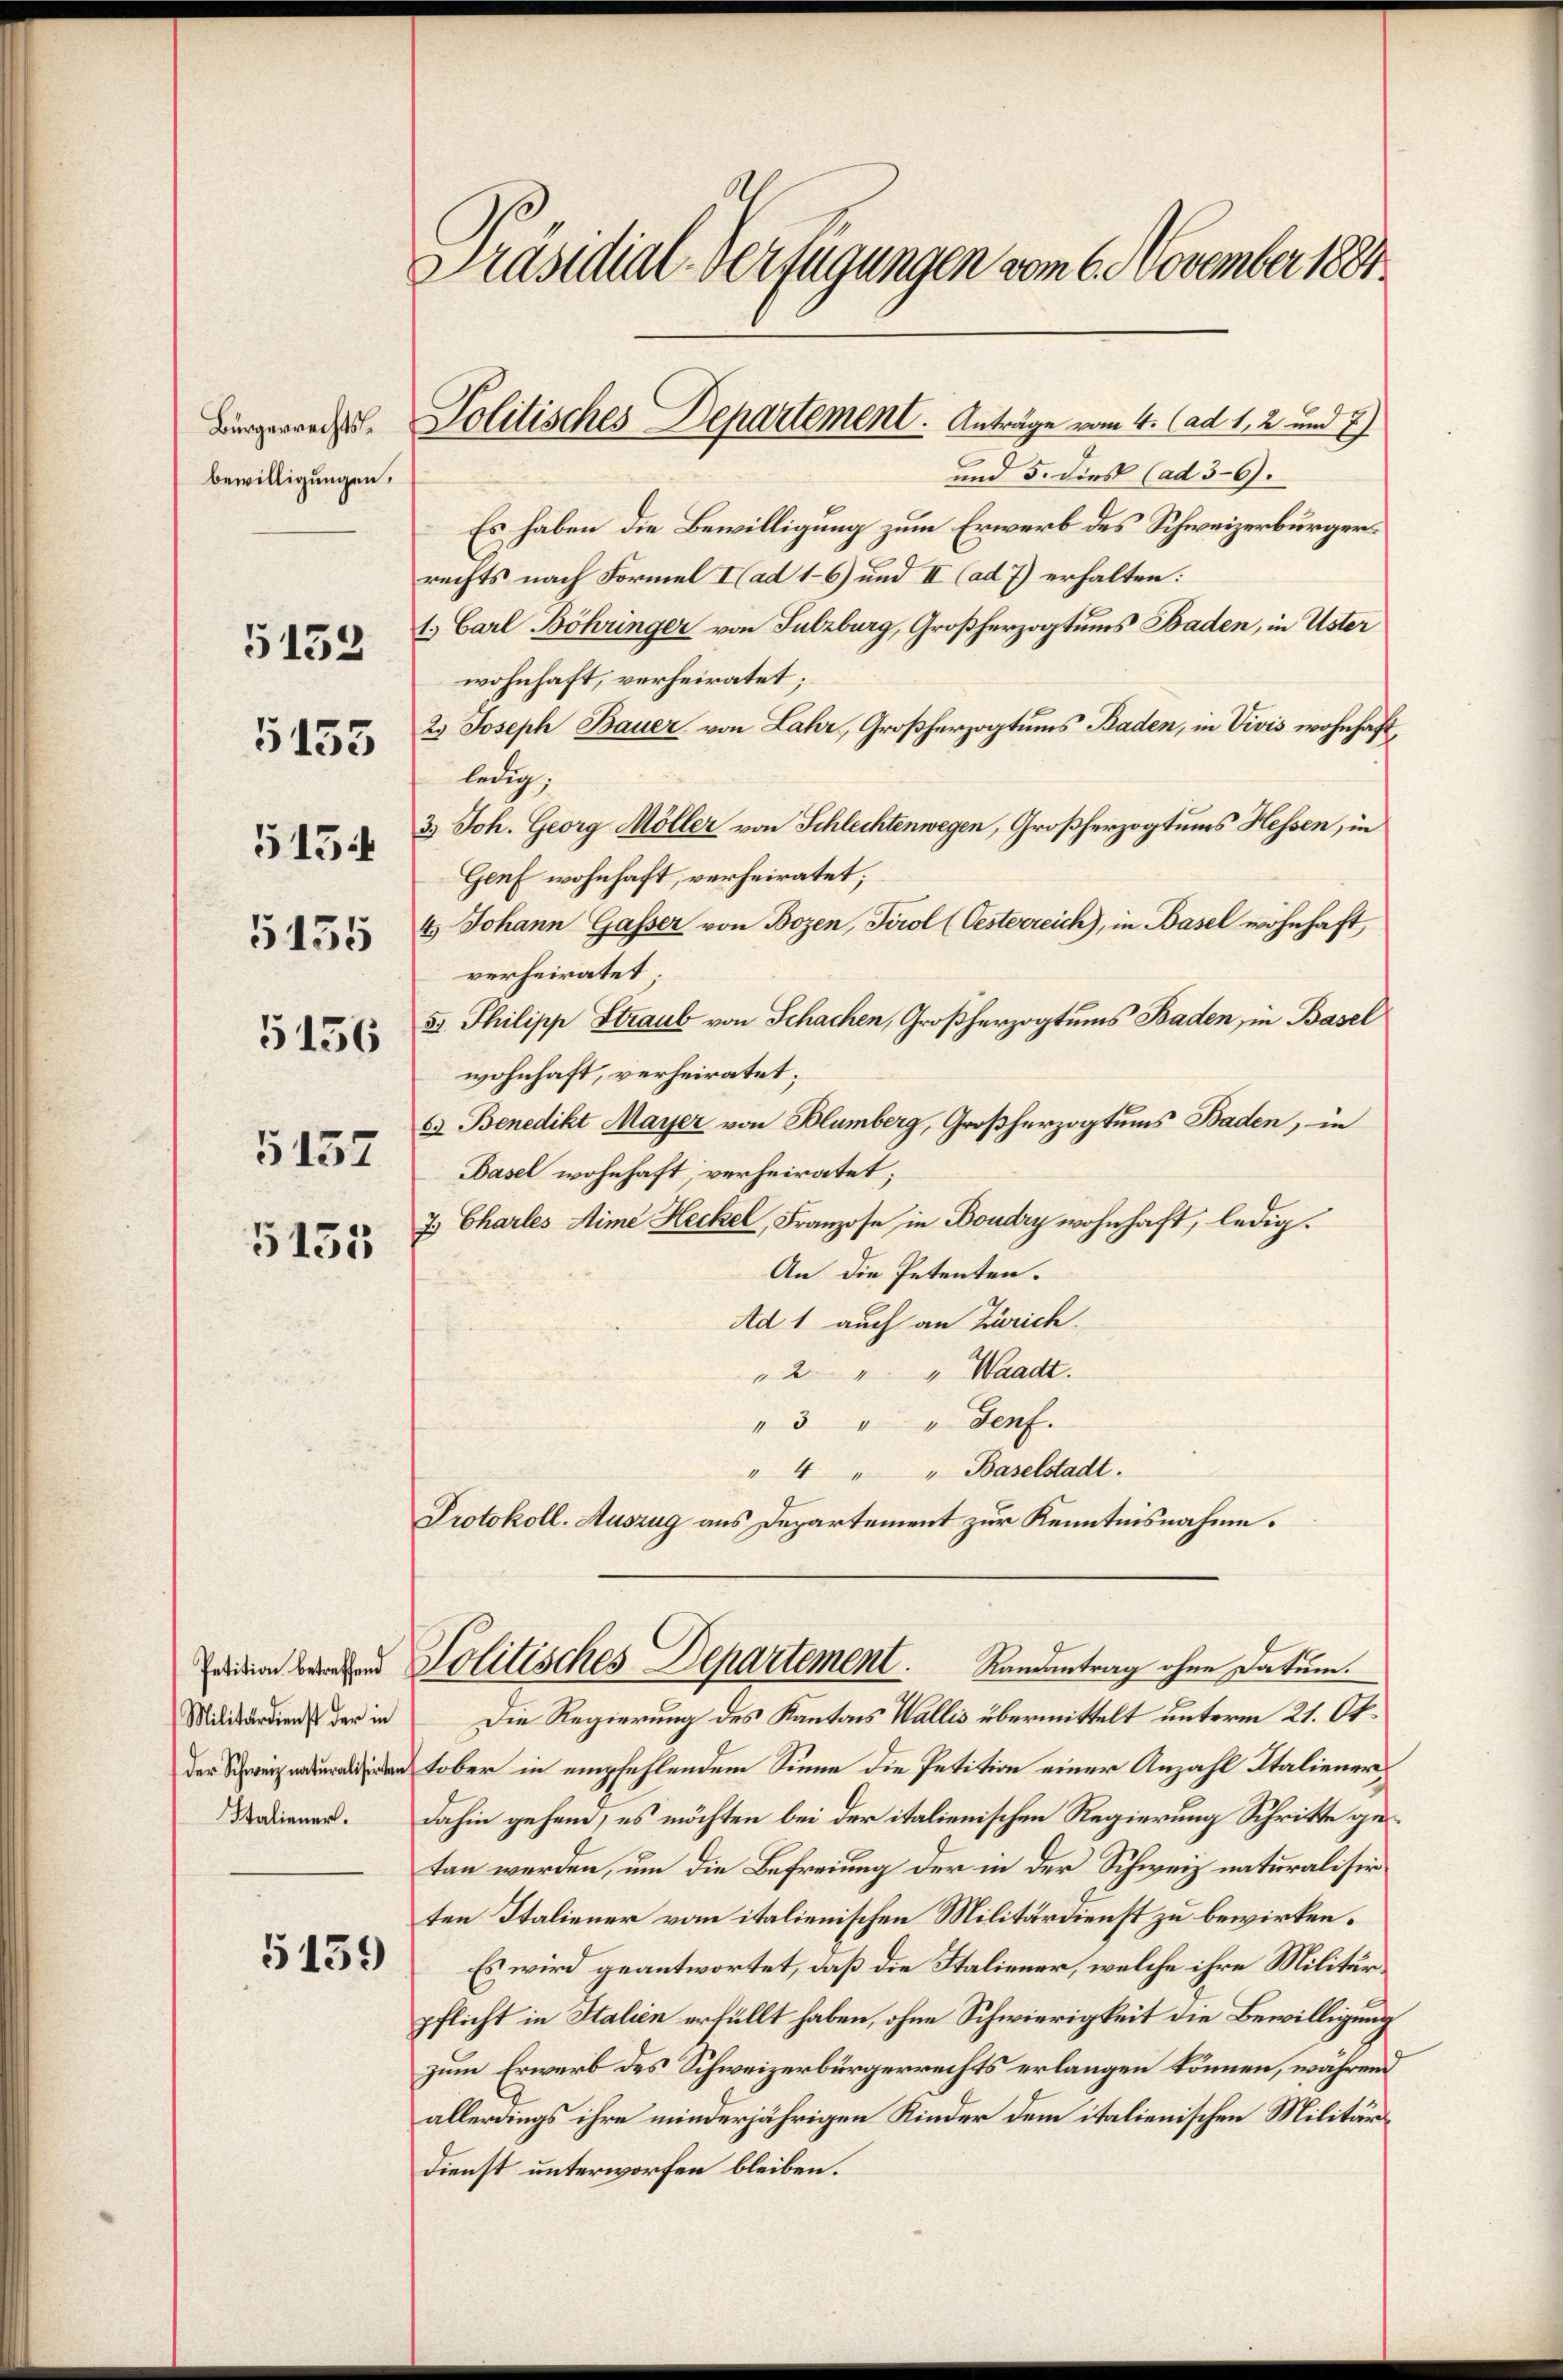
Bürgerrechtsbewilligungen.
5154
5135
5156
5137
5135

5152

5155

Italiener.

5139

Präsidial-Verfügungen vom 6. November 1884

und 5. dies (ad 36).
Es haben die Bewilligung zum Erwerb des Schweizerbürgerrechts nach Formel I (ad 1–6) und II (ad 7) erhalten:
1. Carl Böhringer von Sulzburg, Großherzogtums Baden, in Uster
wohnhaft, verheiratet;
2.) Joseph Bauer von Lahr, Großherzogtums Baden, in Vivis wohnhaft,
ledig,
3.) Joh. Georg Möller von Schlechtenwegen, Großherzogtums Hessen, in
Genf wohnhaft, verheiratet;
4.) Johann Gasser von Bozen, Tirol (Oesterreich), in Basel wohnhaft,
verheiratet
8. Philipp Straub von Schachen, Großherzogtums Baden, in Basel
wohnhaft, verheiratet;
63 Benedikt Mayer von Blumberg, Großherzogtums Baden, in
Basel wohnhaft verheiratet;
7. Charles Sime Heckel, Franzose in Boudry wohnhaft, ledig¬
An die Petenten.
Ad 1 auch an Zürich.
" 2 " " Waadt.
"3 " " Genf.
" 4 " " Baselstadt.
Protokoll-Auszug aus Departement zur Kenntnisnahme.

Politisches Departement. Anträge vom 4. (ad 1, 2 und E

faden wegen Politisches Departement.
Randantrag ohne Datum.
Militärdiens der in Die Regierung des Kantons Wallis übermittelt unterm 21. Ok¬

dern aber in empfehlendem Sinne die Petition einer Anzahl Italiener,
dahin gehen; es möchten bei der italienischen Regierung Schritte getan werden, um die Befreiung der in der Schweiz naturalisir
ten Italiener vom italienischen Militärdienst zu bewirken¬
Es wird geantwortet, daß die Staliener, welche ihre Militärpflicht in Italien erfüllt haben, ohne Schwierigkeit die Bewilligung
zum Erwerb des Schweizerbürgerrechts erlangen können, während
allerdings ihre minderjährigen Kinder dem italienischen Militär¬
Dienst unterworfen bleiben.